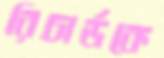
রিচার্ডকে